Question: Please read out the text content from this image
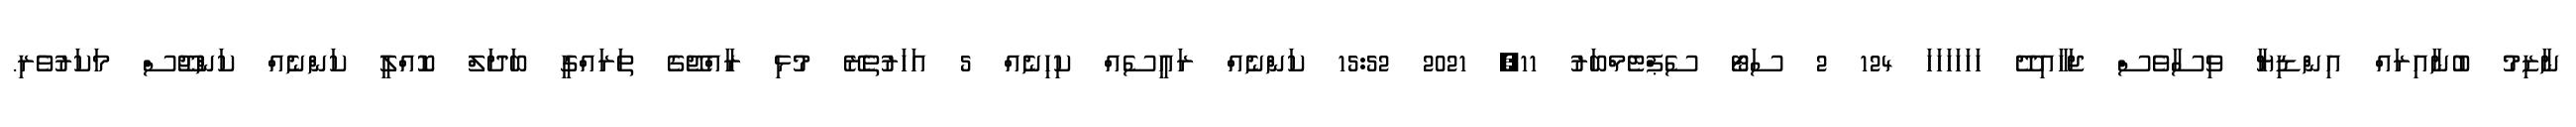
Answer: ނާޒިމު ބުނާއިރައް އިންޑިޔާ ވިސާވެސް ޖަހާއިދޭ ހަހަހަހަހަހަ 124 2 ސަޓޯ ސެޕްޓެމްބަރު 11, 2021 15:52 ކަންނެއް ރައީސެއް ކިހިނެއް 5 އަހަރުތެރޭ މުޅި ރާއްޖޭގެ ތަރައްގީ ބަދަލް ކޮއްލީ ކަންނެއް ކަންޖޫސް މަކަރުވެރި.